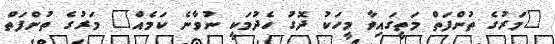
"މަރުގެ ތުންފަތް މަތީގައިވާ މީހަކު ދޮގު ހެދުމަކީ ނުވާނެ ކަމެއް" މަރުގެ ތުންފަތް